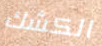
الكشك